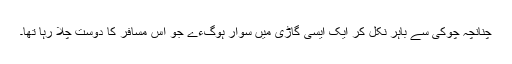
چنانچہ چوکی سے باہر نکل کر ایک ایسی گاڑی میں سوار ہوگءے جو اس مسافر کا دوست چلا رہا تھا۔